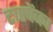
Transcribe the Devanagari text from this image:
टास्चेंबच